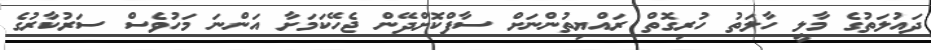
ދައުލަތުގެ މާލީ ހާލަތު ހުރިގޮތް ރައްޔިތުންނަށް ސާފްކޮށްދޭން ޖެހޭކަމަށާ އަންނަ މަހުވެސް ސަރުކާރުގެ